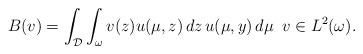
LaTeX: \begin{align*}B(v) = \int_{\mathcal{D}} \int_{{\omega}} v({z}) u(\mu,z)\, d{z} \, u(\mu,y)\, d\mu \enspace v \in L^{2}({\omega}).\end{align*}